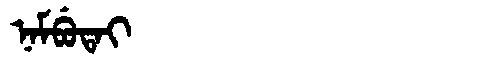
Manchu: ᠨᠠᠮᠪᡠᡨᠠᡳ
Romanization: NAMBUTAI